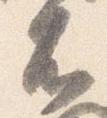
不